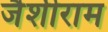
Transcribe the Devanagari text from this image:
जैशीराम